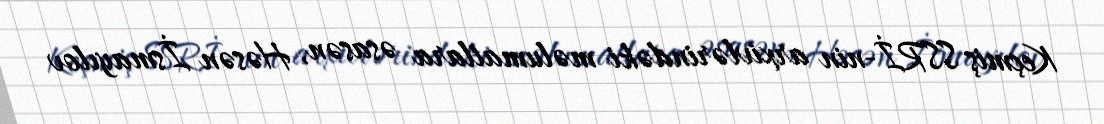
Keçmiş SSRİ-nin arxivlərindəki məlumatlara əsasən, Həsən İsmayılov